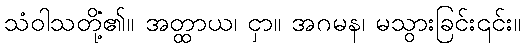
သံဝါသတို့၏။ အတ္ထာယ၊ ငှာ။ အဂမနံ၊ မသွားခြင်း၎င်း။